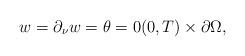
LaTeX: \begin{align*}w = \partial_{\nu} w = \theta = 0 (0, T) \times \partial \Omega,\end{align*}